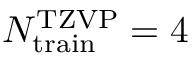
N _ { \mathrm { t r a i n } } ^ { \mathrm { T Z V P } } = 4